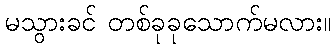
မသွားခင် တစ်ခုခုသောက်မလား။